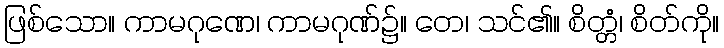
ဖြစ်သော။ ကာမဂုဏေ၊ ကာမဂုဏ်၌။ တေ၊ သင်၏။ စိတ္တံ၊ စိတ်ကို။